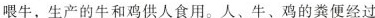
喂牛，生产的牛和鸡供人食用。人、牛、鸡的粪便经过